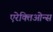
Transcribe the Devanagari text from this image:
एरेक्तिओन्स